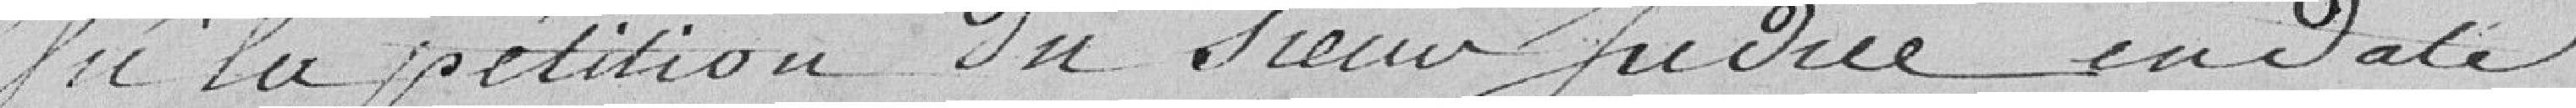
Vu la pétition du Sieur Judice en date